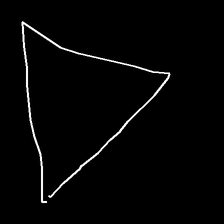
Glyph: convergence